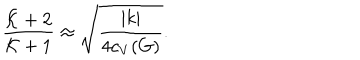
{ \frac { { \cal K } + 2 } { { \cal K } + 1 } } \approx \sqrt { \frac { | k | } { 4 c _ { V } ( G ) } } .